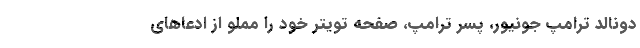
دونالد ترامپ جونیور، پسر ترامپ، صفحه تویتر خود را مملو از ادعاهای